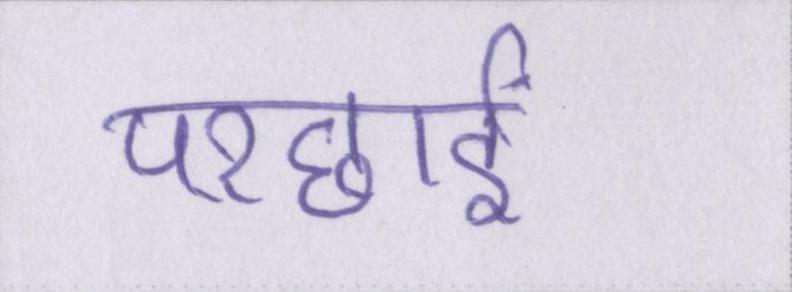
परछाईं